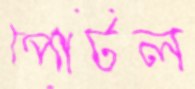
পোটল